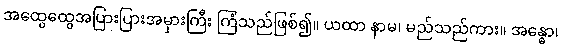
အထွေထွေအပြားပြားအမှားကြီး ကြံသည်ဖြစ်၍။ ယထာ နာမ၊ မည်သည်ကား။ အန္ဓော၊